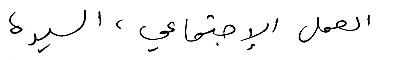
العمل الإجتماعي، السيدة